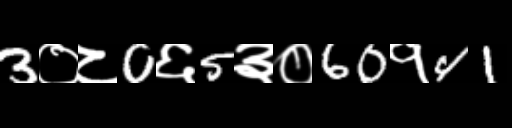
Text: 3०८0६5३०60१41